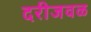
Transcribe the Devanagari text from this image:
दरीजवळ